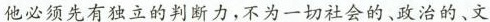
他必须先有独立的判断力，不为一切社会的、政治的、文